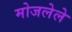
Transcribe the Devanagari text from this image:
मोजलेले